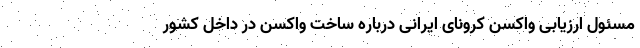
مسئول ارزیابی واکسن کرونای ایرانی درباره ساخت واکسن در داخل کشور